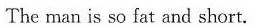
The man is so fat and short.